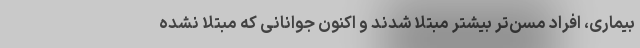
بیماری، افراد مسن‌تر بیشتر مبتلا شدند و اکنون جوانانی که مبتلا نشده